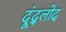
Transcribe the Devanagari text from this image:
दूंद्लोद